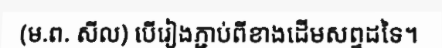
(ម.ព. សីល) បើរៀងភ្ជាប់ពីខាងដើមសព្ទដទៃ។